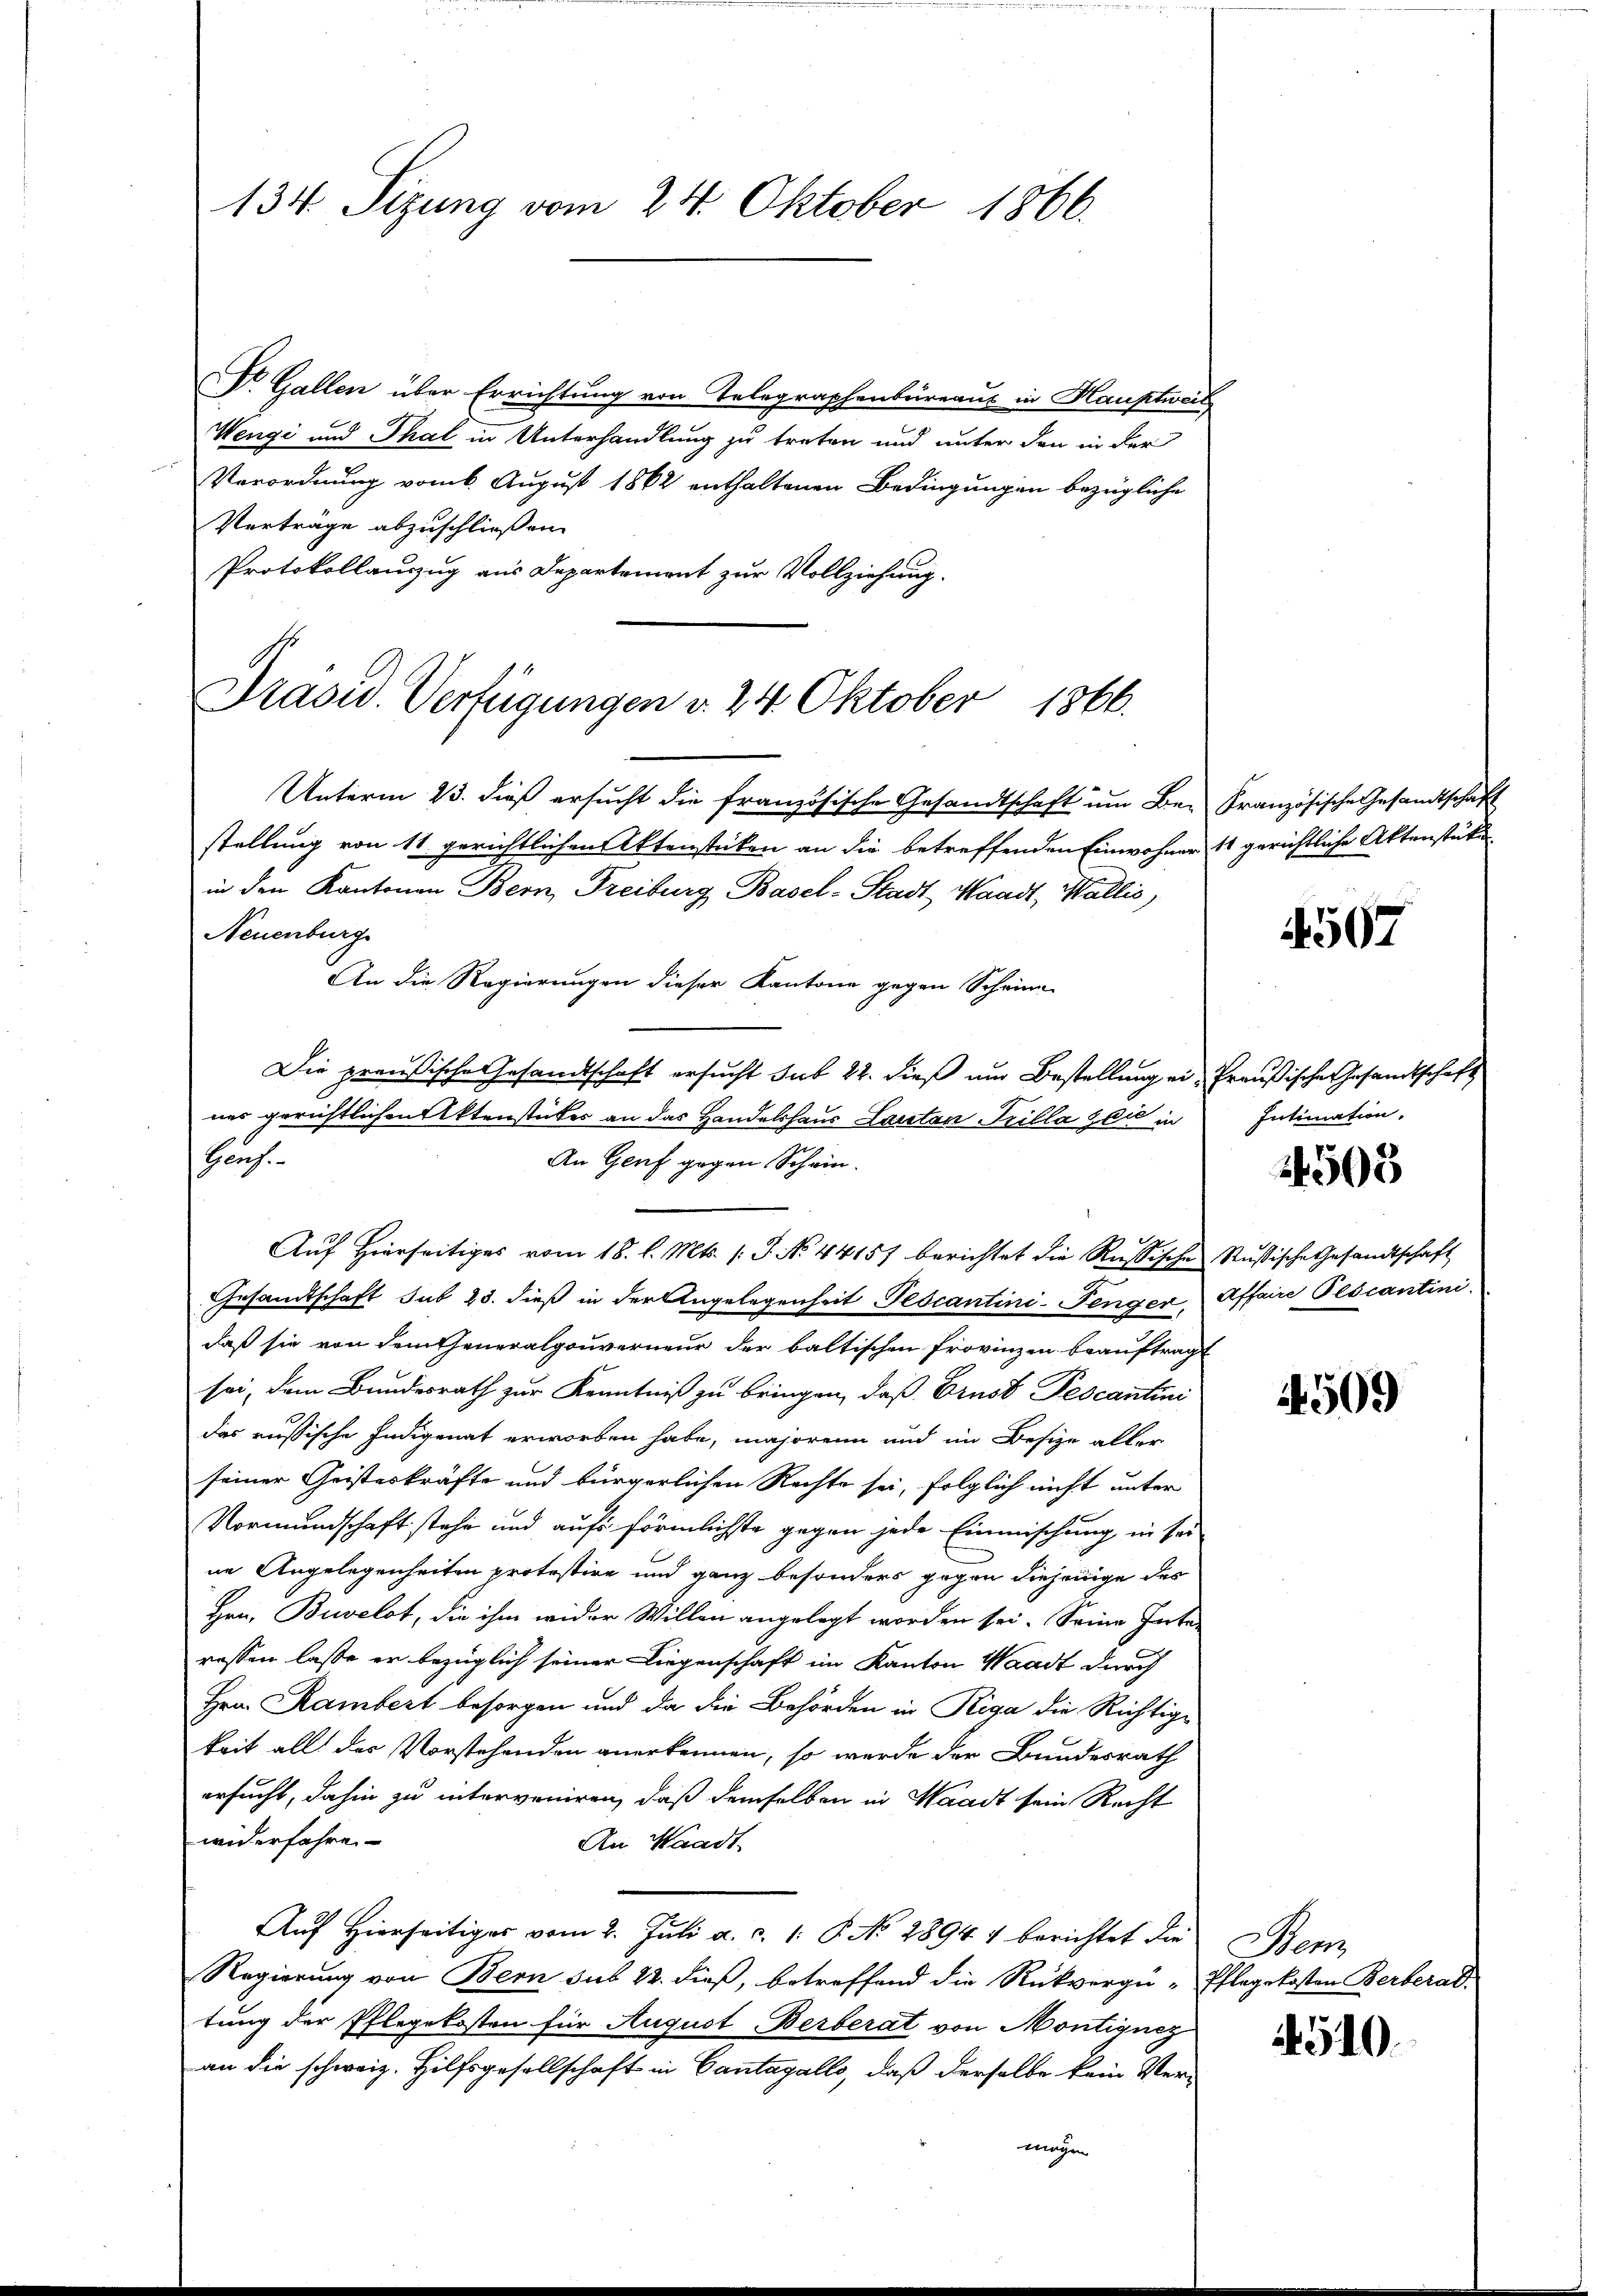
134 Sizung vom 24. Oktober 1866.

Dr. Gallen über Errichtung von Telegraphenbüreaus in Hauptweil
Wengi und Thal in Unterhandlung zu treten und unter den in der
Verordnung vom 6. August 1862 enthaltenen Bedingungen bezügliche
Verträge abzuschließen.
Protokollauszug aus Departement zur Vollziehung.

Prasid. Verfügungen v. 24. Oktober 1866.

Unterm 23. dieß ersucht die französische Gesandtschaft um Be- Französische Gesandtschaft
stellung von 11 gerichtlichen Aktenstücken an die betreffenden Einwohner 11 gerichtliche Aktenstüke
in den Kantonen Bern, Freiburg Basel-Stadt Waadt, Wallis,
Neuenburg
An die Regierungen dieser Kantone gegen Scheine
Die preußische Gesandtschaft ersucht sub 22. dieß und Bestellung ein Preußischen Gesandtschaft
ner gerichtlichen Aktenstückes an das Handelshaus Lautan Prilla zeit in
An Genf gegen Schein.
Aŭf Hierseitiges vom 18. l. Mts. (T. No. 44157 berichtet die Russische Rußische Gesandtschaft
Gesandtschaft sub 23. dieß in der Angelegenheit Pescantini-Penger, Affaire Pescantini
daß sie von dem Theuneralgouverneur der baltischen Frovinzen beauftragt
sei, dem Bundesrath zur Kenntniß zu bringen, daß Ernst Pescantini
das russische Indigenat erworben habe, majorenn und im Besige aller
seiner Geisteskräfte und bürgerlichen Rechte sei, folglich nicht unter
Vormundschaft stehe und aufs förmlichste gegen jede Einmischung in sei
ne Angelegenheiten protestire und ganz besonders gegen diejenige des
Hrn. Buvelot, die ihm wider Willen angelegt worden sei. Seine Inter
rossen lasse er bezüglich seiner Liegenschaft im Kanton Waadt durch
Hrn. Rambert besorgen und da die Behörden in Riga die Richtige
keit all des Vorstehenden anerkennen, so werde der Bundesrath
ersucht, dahin zu interveniren, daß demselben in Waadt sein Recht
widerfahre.
An Waadt.
Aŭf Hierseitiges vom 2. Jŭli a. c. 1. P. No 28944 berichtet die Bern
Regierung von Bern sub 22. dieß, betreffend die Rückvergü-Pflegekosten Berberad.
tung der Pflegekosten für August Berberat von Montiquez
an die schweiz. Hilfsgesellschaft in Cantagallo, daß derselbe kein Ver-
mögen

Genf.

507

Intimation.

4503

4509

4510.